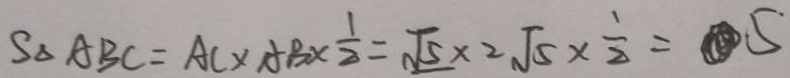
S _ { \Delta } A B C = A C \times A B \times \frac { 1 } { 2 } = \sqrt { 5 } \times 2 \sqrt { 5 } \times \frac { 1 } { 2 } = 5